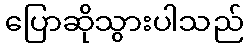
ပြောဆိုသွားပါသည်